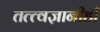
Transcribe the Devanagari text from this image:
तत्त्वज्ञानीही